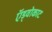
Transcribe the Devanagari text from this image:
ऍड्वोकाट